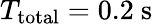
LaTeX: T_{\mathrm{total}}=0.2\mathrm{~s~}